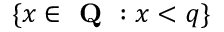
\{ x \in { \textbf { Q } } : x < q \}